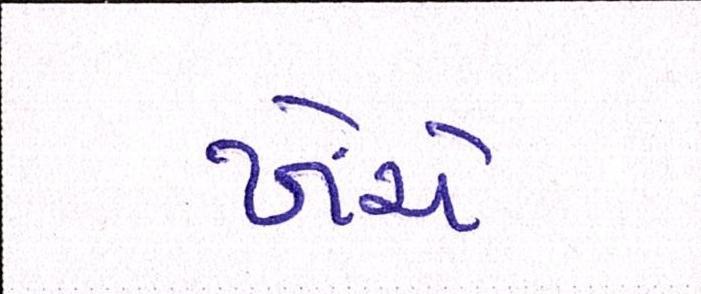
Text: ખેંચે